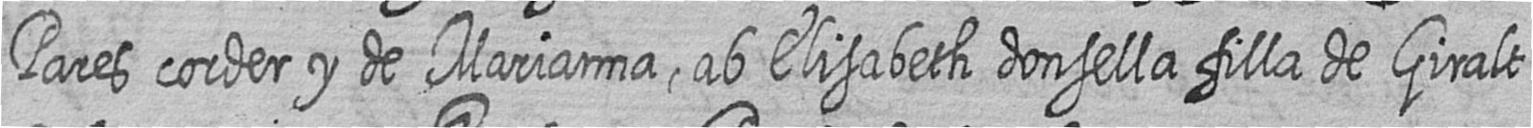
Pares corder y de Marianna ab Elisabeth donsella filla de Giralt